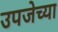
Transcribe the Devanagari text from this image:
उपजेच्या